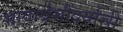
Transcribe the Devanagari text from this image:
भावार्थसौंदर्याची